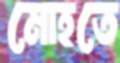
মোহতে